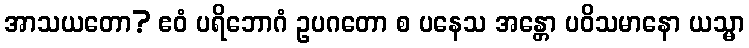
အာသယတော? ဧဝံ ပရိဘောဂံ ဥပဂတော စ ပနေသ အန္တော ပဝိသမာနော ယသ္မာ